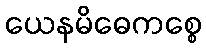
ယေနမိဓေကစ္စေ